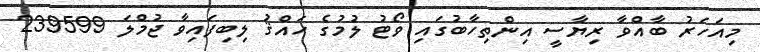
މިއަހަރު ބާއްވާ ރިޔާސީ އިންތިހާބުގައި ވޯޓު ލުމުގެ ހައްޤު ލިބިފައިވާ ޖުމްލަ 239599